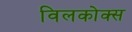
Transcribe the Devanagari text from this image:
विलकोक्स